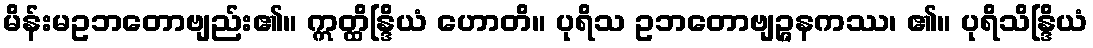
မိန်းမဥဘတောဗျည်း၏။ ဣတ္ထိန္ဒြိယံ ဟောတိ။ ပုရိသ ဥဘတောဗျဉ္ဇနကဿ၊ ၏။ ပုရိသိန္ဒြိယံ